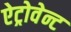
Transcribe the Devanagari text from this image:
ऐट्रोवेन्ट